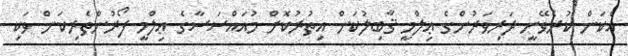
އެކަން ކުރެވޭނީ ދަރިވަރުންގެ ޢިލްމީ ޤާބިލުކަން އިތުރުކޮށް މުއައްސަސާގެ ޢިލްމީ ފޯރުންތެރިކަން ވަކި